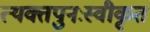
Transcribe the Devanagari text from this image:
त्यक्तपुनःस्वीकृत